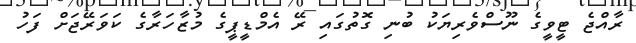
ރާއްޖެ ޓީވީގެ ނޫސްވެރިޔަކު ބުނި ގޮތުގައި ރޭ އެމްޑީޕީގެ މުޒާހަރާގެ ކަވަރޭޖަށް ފަހު